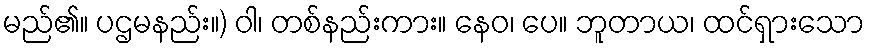
မည်၏။ ပဌမနည်း။) ဝါ၊ တစ်နည်းကား။ နေဝ၊ ပေ။ ဘူတာယ၊ ထင်ရှားသော